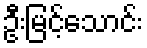
ဦးမြင့်သောင်း